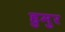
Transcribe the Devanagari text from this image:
हुमुर